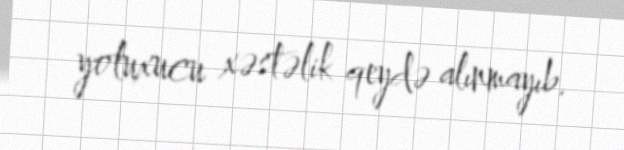
yoluxucu xəstəlik qeydə alınmayıb.